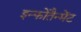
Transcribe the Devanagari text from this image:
इन्फोतैन्मेंट